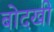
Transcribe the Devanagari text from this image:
बोदखी